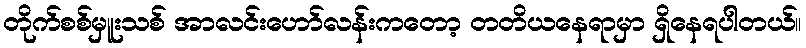
တိုက်စစ်မှူးသစ် အာလင်းဟော်လန်းကတော့ တတိယနေရာမှာ ရှိနေရပါတယ်။